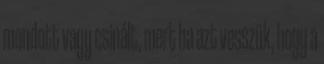
mondott vagy csinált, mert ha azt vesszük, hogy a